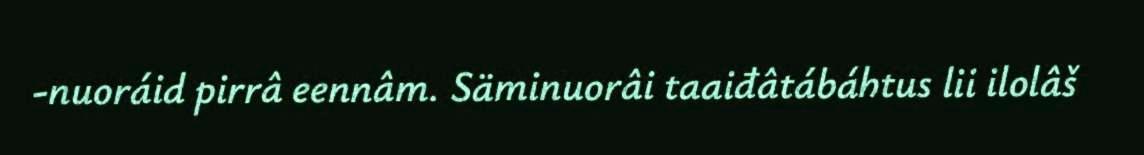
-nuoráid pirrâ eennâm. Säminuorâi taaiđâtábáhtus lii ilolâš